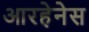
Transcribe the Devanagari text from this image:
आरहेनेस